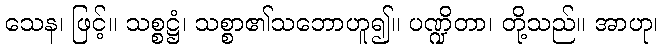
သေန၊ ဖြင့်။ သစ္စဋ္ဌံ၊ သစ္စာ၏သဘောဟူ၍။ ပဏ္ဍိတာ၊ တို့သည်။ အာဟု၊